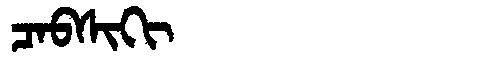
Manchu: ᠴᠠᠪᠰᡳᡴᡳ
Romanization: CABSIKI